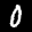
Label: 0